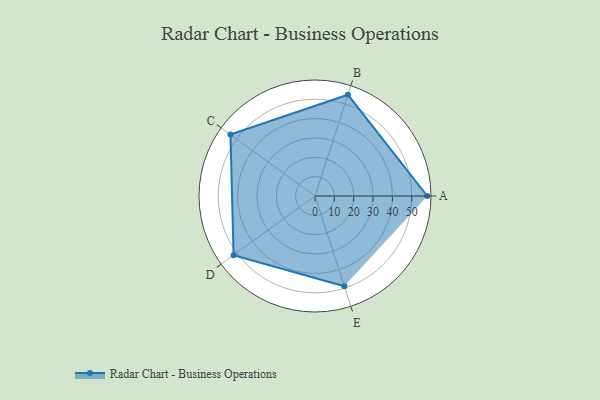
{"axis": {"x": "Skill", "y": "Score"}, "legend": ["Profile"], "data": [{"x": "A", "y": 58.0, "type": "Profile"}, {"x": "B", "y": 55.0, "type": "Profile"}, {"x": "C", "y": 54.0, "type": "Profile"}, {"x": "D", "y": 52.0, "type": "Profile"}, {"x": "E", "y": 49.0, "type": "Profile"}]}